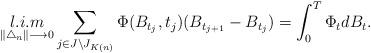
LaTeX: \begin{align*}\displaystyle \mathop{l.i.m}\limits_{\|\bigtriangleup_{n}\| \longrightarrow 0 } \sum_{ \substack{j\in J\setminus J_{K(n)}} } \Phi(B_{t_{j}},t_{j}) (B_{t_{j+1}}-B_{t_{j}})= \int_0^T \Phi_{t} d B_{t}.\end{align*}